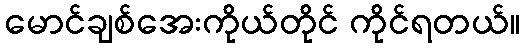
မောင်ချစ်အေးကိုယ်တိုင် ကိုင်ရတယ်။